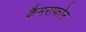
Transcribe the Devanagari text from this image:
कैमराफोन